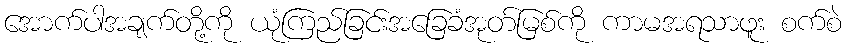
အောက်ပါအချက်တို့ကို ယုံကြည်ခြင်းအခြေခံအုတ်မြစ်ကို ကာမအရသာဖူး စက်စဲ